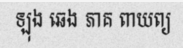
ឡុង ឆេង ភាគ ពាយព្យ